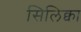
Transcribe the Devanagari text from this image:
सिलिक्वा